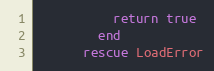
Language: Ruby
          return true
        end
      rescue LoadError